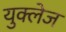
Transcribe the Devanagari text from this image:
युक्लेज